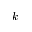
k